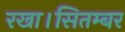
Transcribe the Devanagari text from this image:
रखा।सितम्बर